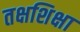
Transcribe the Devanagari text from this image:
तक्षशिक्षा